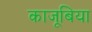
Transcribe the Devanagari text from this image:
काजूबिया